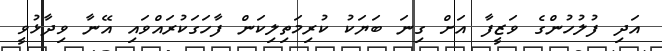
އަދި ފުލުހުންގެ ވަޒީފާ އަށް ގިނަ ބަޔަކު ކުރިމަތިލިކަން ފާހަގަކުރައްވައި އޭނާ ވިދާޅުވީ